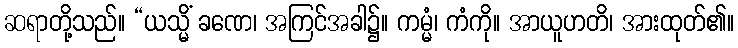
ဆရာတို့သည်။ “ယသ္မိံ ခဏေ၊ အကြင်အခါ၌။ ကမ္မံ၊ ကံကို။ အာယူဟတိ၊ အားထုတ်၏။